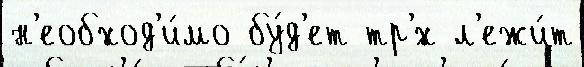
н'еобход'и́мо бу́д'ет тр'́х л'ежи́т